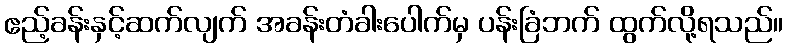
ဧည့်ခန်းနှင့်ဆက်လျက် အခန်းတံခါးပေါက်မှ ပန်းခြံဘက် ထွက်လို့ရသည်။